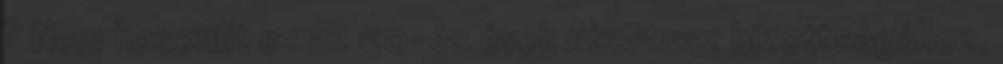
? Nem hasonlít ez az 50-es évek Abortusz bizottságához,